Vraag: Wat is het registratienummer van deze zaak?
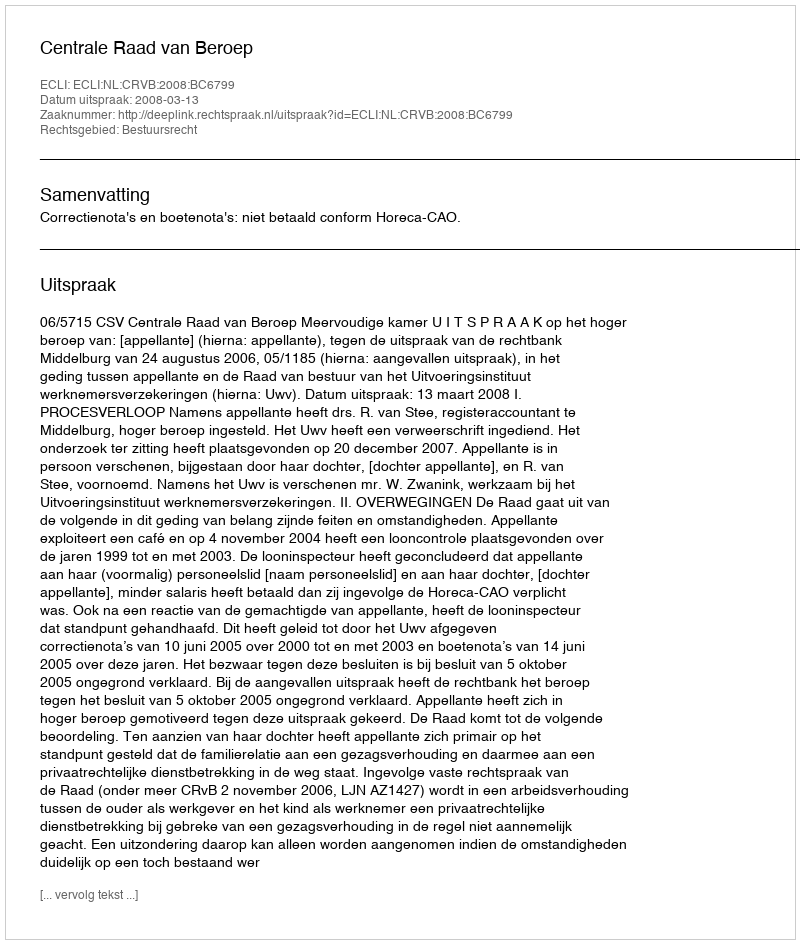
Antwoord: http://deeplink.rechtspraak.nl/uitspraak?id=ECLI:NL:CRVB:2008:BC6799